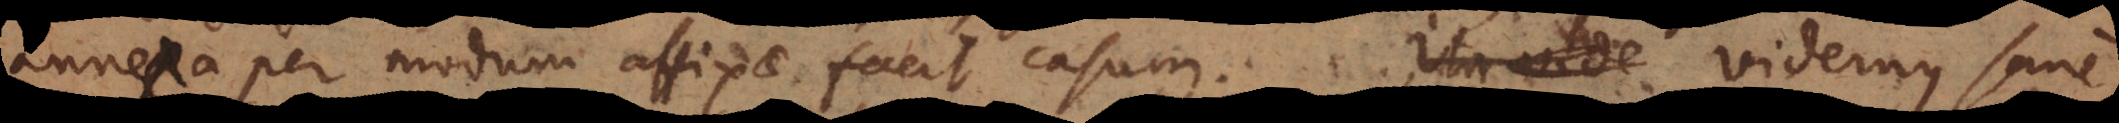
annexa per modum affixae facit casum. Videmus sane